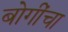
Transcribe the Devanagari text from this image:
बोगींचा